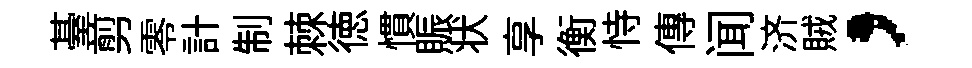
䑓剪零計制棘徳慣賑状享衡恃傳闻济賊，